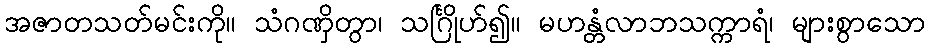
အဇာတသတ်မင်းကို။ သံဂဏှိတွာ၊ သင်္ဂြိုဟ်၍။ မဟန္တံလာဘသက္ကာရံ၊ များစွာသော